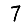
Digit: 7